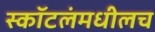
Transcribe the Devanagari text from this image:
स्कॉटलंमधीलच